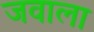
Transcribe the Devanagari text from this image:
जवाला